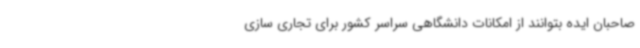
صاحبان ایده بتوانند از امکانات دانشگاهی سراسر کشور برای تجاری سازی